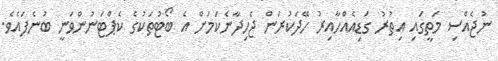
ނުޖެއްސި މަތީގައި އިތުރު ގަޑިއެއްހާއިރު ހޭދަކުރަން ޖެހިދާނެކަމަށް އެ ބޯޓުތަކުގެ ކެޕްޓަނުންވަނީ ބުނެފައެވެ.